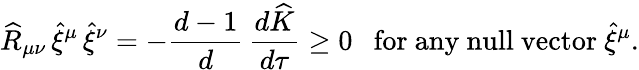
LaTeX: \widehat{R}_{\mu\nu}\, \widehat{\xi}^{\mu}\, \widehat{\xi}^{\nu}=-\frac{d-1}{d}\, \frac{d\widehat{K}}{d\tau}\ge 0~~~\mathrm{for~any~null~vector}~\widehat{\xi}^{\mu}.